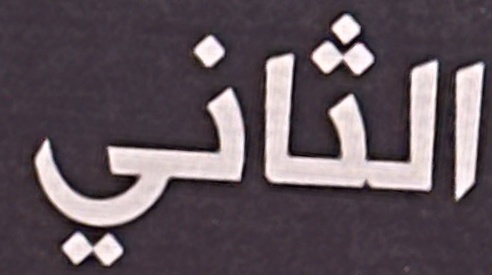
الثاني